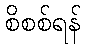
စိစစ်ရန်